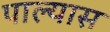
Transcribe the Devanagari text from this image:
पाल्यास